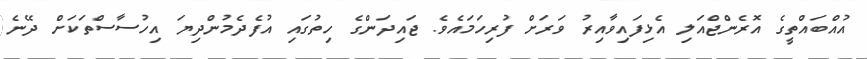
އުއްބައްތީގެ އޮރެންޖްއަލި އެޅިފައިވާއިރު ވަރަށް ފުރިހަމައެވެ. ޖައިދަންގެ ހިތުގައި އުފެދެމުންދިޔަ އިހުސާސްތަކަށް ދޭނެ